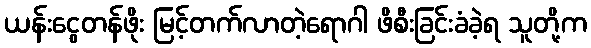
ယန်းငွေတန်ဖိုး မြင့်တက်လာတဲ့ရောဂါ ဖိစီးခြင်းခံခဲ့ရ သူတို့က